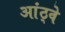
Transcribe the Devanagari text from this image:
आंठ्वे